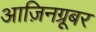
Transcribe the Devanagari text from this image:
आज़िनग्रूबर